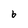
Character: 6